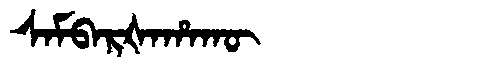
Manchu: ᠰᠠᠮᠪᠠᡵᡧᠠᡥᠠᡴᡡ
Romanization: SAMBARŠAHAKŪ